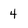
Character: 4